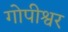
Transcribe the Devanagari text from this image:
गोपीश्वर